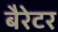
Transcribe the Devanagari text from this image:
बैरेटर